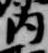
内